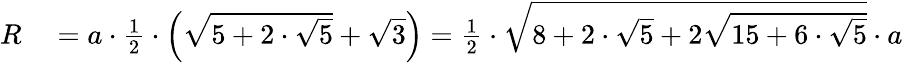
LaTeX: \begin{array}{rl}{R}&{{}=a\cdot{\frac{1}{2}}\cdot\left({\sqrt{5+2\cdot{\sqrt{5}}}}+{\sqrt{3}}\right)={\frac{1}{2}}\cdot{\sqrt{8+2\cdot{\sqrt{5}}+2{\sqrt{15+6\cdot{\sqrt{5}}}}}}\cdot a}\end{array}